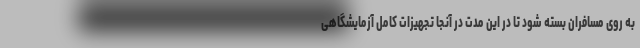
به روی مسافران بسته شود تا در این مدت در آنجا تجهیزات کامل آزمایشگاهی